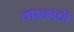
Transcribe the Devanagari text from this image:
माळांची